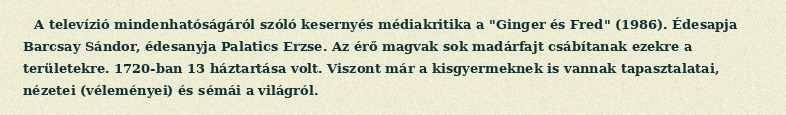
A televízió mindenhatóságáról szóló kesernyés médiakritika a "Ginger és Fred" (1986). Édesapja Barcsay Sándor, édesanyja Palatics Erzse. Az érő magvak sok madárfajt csábítanak ezekre a területekre. 1720-ban 13 háztartása volt. Viszont már a kisgyermeknek is vannak tapasztalatai, nézetei (véleményei) és sémái a világról.